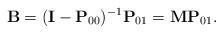
LaTeX: \begin{align*}\textbf{B}=(\textbf{I}-\textbf{P}_{00})^{-1}\textbf{P}_{01}=\textbf{MP}_{01}.\end{align*}